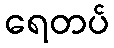
ရေတပ်